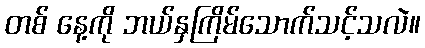
တစ် နေ့ကို ဘယ်နှကြိမ်သောက်သင့်သလဲ။